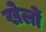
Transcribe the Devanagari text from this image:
खेलोें